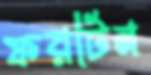
ফরটিন